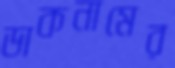
ডাকনামের